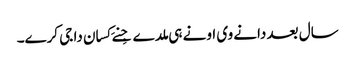
سال بعد دانے وی اونے ہی ملدے جِنے کِسان دا جی کرے۔